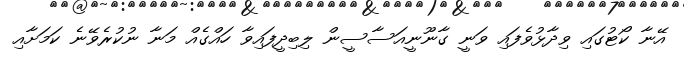
އޭނާ ކޯޓުގައި ވިދާޅުވެފައި ވަނީ ގާނޫނީއަސާސީން ލިބިދީފައިވާ ހައްގެއް މަނާ ނުކުރެވޭނެ ކަމަށާއި